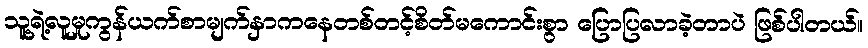
သူ့ရဲ့လူမှုကွန်ယက်စာမျက်နှာကနေတစ်တင့်စိတ်မကောင်းစွာ ပြောပြလာခဲ့တာပဲ ဖြစ်ပါတယ်။